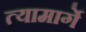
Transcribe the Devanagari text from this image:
त्यामार्गे